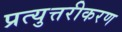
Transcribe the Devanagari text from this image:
प्रत्युत्तरीकरण